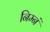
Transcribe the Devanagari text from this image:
निम्नं